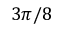
3 \pi / 8